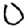
Digit: 0